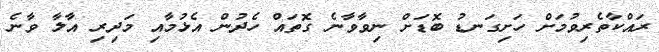
ރައްކާތެރިވުމަށް ހަށިގަނޑު ބޮޑަށް ނިވާވާނެ ގޮތައް ހެދުން އެޅުމާއި މަދިރި އާލާ ވާނެ